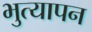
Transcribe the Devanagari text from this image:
भुत्यापन